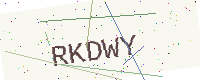
Text: RKDWY